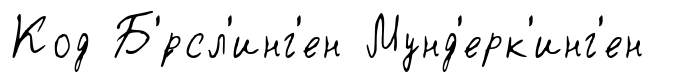
Код Б'́рсл'инг'ен Мунд'ерк'инг'ен